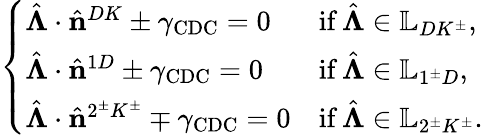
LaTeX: \left\{ \begin{array}{ll}{\hat{\boldsymbol{\Lambda}}\cdot\hat{\mathbf{n}}^{DK}\pm\gamma_{\mathrm{CDC}}=0}&{\mathrm{if}\, \hat{\boldsymbol{\Lambda}}\in\mathbb{L}_{DK^{\pm}},}\\ {\hat{\boldsymbol{\Lambda}}\cdot\hat{\mathbf{n}}^{1D}\pm\gamma_{\mathrm{CDC}}=0}&{\mathrm{if}\, \hat{\boldsymbol{\Lambda}}\in\mathbb{L}_{1^{\pm}D},}\\ {\hat{\boldsymbol{\Lambda}}\cdot\hat{\mathbf{n}}^{2^{\pm}K^{\pm}}\mp\gamma_{\mathrm{CDC}}=0}&{\mathrm{if}\, \hat{\boldsymbol{\Lambda}}\in\mathbb{L}_{2^{\pm}K^{\pm}}.}\end{array}\right.